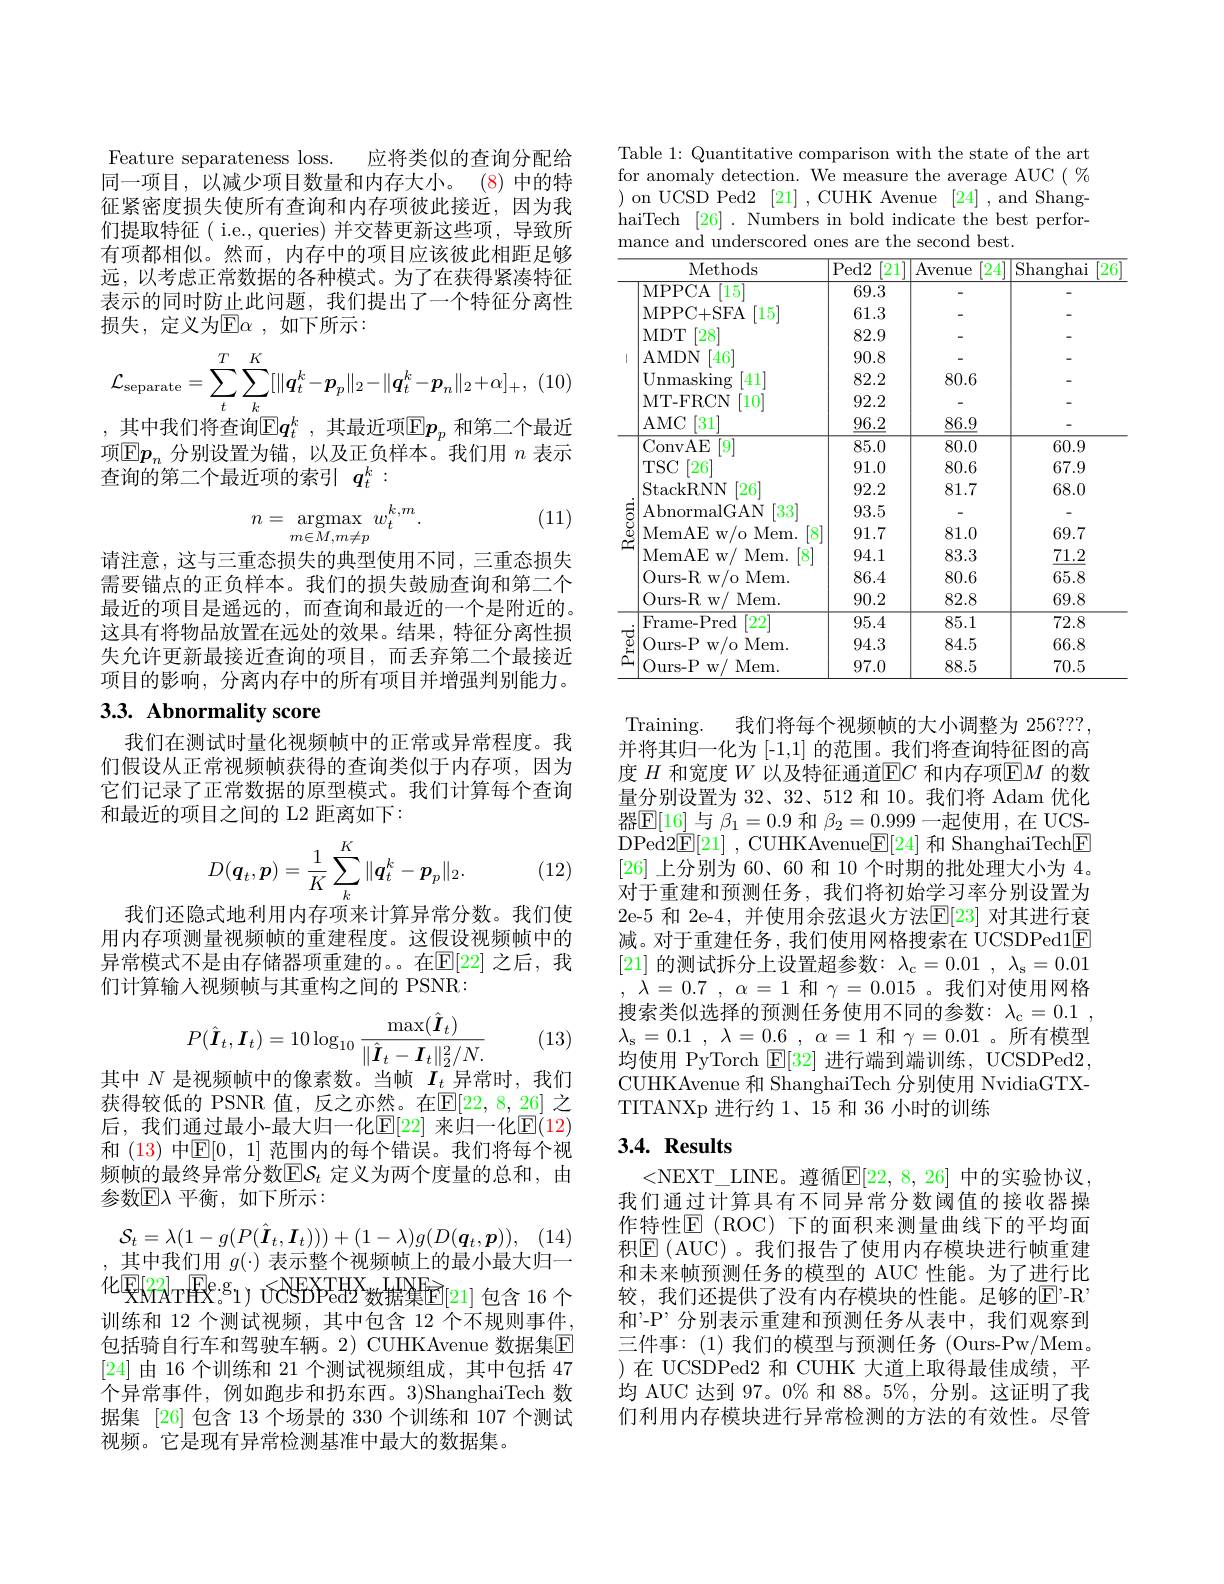
Feature separateness loss.
应将类似的查询分配给
同一项目，以减少项目数量和内存大小。(8)中的特征紧密度损失使所有查询和内存项彼此接近，因为我们提取特征( i.e., queries) 并交替更新这些项，导致所有项都相似。然而，内存中的项目应该彼此相距足够远，以考虑正常数据的各种模式。为了在获得紧凑特征表示的同时防止此问题，我们提出了一个特征分离性损失，定义为$\mathbb{E} \alpha$ ,如下所示：
$$\mathcal{L}_{\mathrm{separate}}=\sum_{t}^{T}\sum_{k}^{K}[\|\boldsymbol{q}_{t}^{k}-\boldsymbol{p}_{p}\|_{2}-\|\boldsymbol{q}_{t}^{k}-\boldsymbol{p}_{n}\|_{2}+\alpha]_{+},$$
,其中我们将查询$\mathbb{E}q_t^k$,其最近项$\mathbb{E}p_p$ 和第二个最近项$\mathbb{E}p_n$分别设置为锚，以及正负样本。我们用$n$表示查询的第二个最近项的索引$q_t^k:$

(11)
$$n=\operatorname*{argmax}_{m\in M,m\neq p}w_t^{k,m}.$$
请注意，这与三重态损失的典型使用不同，三重态损失需要锚点的正负样本。我们的损失鼓励查询和第二个最近的项目是遥远的，而查询和最近的一个是附近的。这具有将物品放置在远处的效果。结果，特征分离性损失允许更新最接近查询的项目，而丢弃第二个最接近项目的影响，分离内存中的所有项目并增强判别能力。

# 3.3. Abnormality score

我们在测试时量化视频帧中的正常或异常程度。我们假设从正常视频帧获得的查询类似于内存项，因为它们记录了正常数据的原型模式。我们计算每个查询和最近的项目之间的 L2 距离如下：
$$D(\boldsymbol{q}_t,\boldsymbol{p})=\frac{1}{K}\sum_{k}^{K}\|\boldsymbol{q}_{t}^{k}-\boldsymbol{p}_{p}\|_{2}.$$
(12)

我们还隐式地利用内存项来计算异常分数。我们使用内存项测量视频帧的重建程度。这假设视频帧中的异常模式不是由存储器项重建的。在$\mathbb{E}[22]$ 之后，我们计算输入视频帧与其重构之间的 PSNR:
$$P(\hat{\boldsymbol{I}}_t,\boldsymbol{I}_t)=10\log_{10}\frac{\max(\hat{\boldsymbol{I}}_t)}{\|\hat{\boldsymbol{I}}_t-\boldsymbol{I}_t\|_2^2/N.}$$
(13)

其中$N$是视频帧中的像素数。当帧$I_t$异常时，我们获得较低的 PSNR 值，反之亦然。在$\mathbb{E}[22,8,26]$ 之后，我们通过最小-最大归一化$\mathbb{E}[22]$ 来归一化$\mathbb{E}(12)$ 和 (13) 中$\mathbb{E}[0,1]$ 范围内的每个错误。我们将每个视频帧的最终异常分数$\mathbb{E}\mathcal{S}_t$ 定义为两个度量的总和，由参数$\mathbb{E}\lambda$ 平衡，如下所示：
$$\mathcal{S}_t=\lambda(1-g(P(\hat{\boldsymbol{I}}_t,\boldsymbol{I}_t)))+(1-\lambda)g(D(\boldsymbol{q}_t,\boldsymbol{p})),$$
,其中我们用$g(\cdot)$表示整个视频帧上的最小最大归一化$\mathbb{E}[22]$T$\mathbb{E}$e.g$_1)$ ÚCSBPed$^\mathrm{THX}_\text{数据集E[21]包含 16 个}$ 训练和 12 个测试视频，其中包含 12 个不规则事件， 包括骑自行车和驾驶车辆。2) CUHKAvenue 数据集E [24]由 16 个训练和 21 个测试视频组成，其中包括 47个异常事件，例如跑步和扔东西。3)ShanghaiTech 数据集 [26] 包含 13 个场景的 330 个训练和 107 个测试视频。它是现有异常检测基准中最大的数据集。

Table 1: Quantitative comparison with the state of the art for anomaly detection. We measure the average AUC $(\%$ ) on UCSD Ped2 [21] , CUHK Avenue [24] ,and ShanghaiTech [26]. Numbers in bold indicate the best performance and underscored ones are the second best.

<table>
	<tbody>
		<tr>
			<th> </th>
			<th>Methods</th>
			<th>$Ped2$ </th>
			<th>24 venue</th>
			<th>$\overline{{\mathrm{Shanghai}}}$</th>
			<th>$\overline{[26]}$</th>
		</tr>
		<tr>
			<td> </td>
			<td>MPPCA </td>
			<td>69.3</td>
			<td> </td>
			<td> </td>
			<td> </td>
		</tr>
		<tr>
			<td> </td>
			<td>MPPC+ SFA [15]</td>
			<td>61.3</td>
			<td> </td>
			<td> </td>
			<td> </td>
		</tr>
		<tr>
			<td> </td>
			<td>MDT 28</td>
			<td>82.9</td>
			<td> </td>
			<td> </td>
			<td> </td>
		</tr>
		<tr>
			<td>1</td>
			<td>AMDN 46</td>
			<td>90.8</td>
			<td> </td>
			<td> </td>
			<td> </td>
		</tr>
		<tr>
			<td> </td>
			<td>Unmasking [41]</td>
			<td>82.2</td>
			<td>80.6</td>
			<td> </td>
			<td> </td>
		</tr>
		<tr>
			<td> </td>
			<td>MT- FRCN 10</td>
			<td>92.2</td>
			<td> </td>
			<td> </td>
			<td> </td>
		</tr>
		<tr>
			<td> </td>
			<td>AMC 31</td>
			<td>$\underline{96.2}$</td>
			<td>$\underline{86.9}$</td>
			<td> </td>
			<td> </td>
		</tr>
		<tr>
			<td> </td>
			<td>ConvAE 9</td>
			<td>85.0</td>
			<td>80.0</td>
			<td>60.9</td>
			<td> </td>
		</tr>
		<tr>
			<td> </td>
			<td>$[26^{*}$ $TSC$</td>
			<td>91.0</td>
			<td>80.6</td>
			<td>67.9</td>
			<td> </td>
		</tr>
		<tr>
			<td rowspan="6">5 $C$ $\tilde{a}$</td>
			<td>StackRNN $\lceil26\rceil$</td>
			<td>92.2</td>
			<td>81.7</td>
			<td>68.0</td>
			<td> </td>
		</tr>
		<tr>
			<td>$33^{\prime}$ AbnormalGAN</td>
			<td>93.5</td>
			<td> </td>
			<td> </td>
			<td> </td>
		</tr>
		<tr>
			<td>MemAE v w/ o N Mem. 1</td>
			<td>91.7</td>
			<td>81.0</td>
			<td></td>
			<td> </td>
		</tr>
		<tr>
			<td>MemAE $W/$ Mem. 8</td>
			<td>94.1</td>
			<td>83.3</td>
			<td>$\underline{71.2}$</td>
			<td> </td>
		</tr>
		<tr>
			<td>Ours- R w/o Mem.</td>
			<td>86.4</td>
			<td>80.6</td>
			<td></td>
			<td> </td>
		</tr>
		<tr>
			<td>Ours- R $W/$ Mem. </td>
			<td>90.2</td>
			<td>82.8</td>
			<td></td>
			<td> </td>
		</tr>
		<tr>
			<td rowspan="3">、 、</td>
			<td>Frame-Pred $\lceil22$</td>
			<td>95.4</td>
			<td>85.1</td>
			<td>72.8</td>
			<td> </td>
		</tr>
		<tr>
			<td>Ours- P $W/0$ $\textbf{Mem}.$</td>
			<td>94.3</td>
			<td>84.5</td>
			<td>66.8</td>
			<td> </td>
		</tr>
		<tr>
			<td>Ours- P $W/$ Mem. </td>
			<td>97.0</td>
			<td>88.5</td>
			<td>70.5</td>
			<td> </td>
		</tr>
	</tbody>
</table>

Training.
我们将每个视频帧的大小调整为 256???,
并将其归一化为 [-1,1] 的范围。我们将查询特征图的高度$H$和宽度$W$以及特征通道$\boxed{\mathrm{E}}C$和内存项$\boxed{\mathrm{E}}M$的数量分别设置为 32、32、512 和 10。我们将 Adam 优化器$\mathbb{E}[16]$与$\beta_1=0.9$和$\beta_2=0.999$一起使用，在 UCSDPed2E[21] , CUHKAvenue$\boxed{\mathrm{F}}[24]$和 ShanghaiTech$\boxed{\mathrm{F}}$ [26]上分别为 60、60 和 10 个时期的批处理大小为 4。对于重建和预测任务，我们将初始学习率分别设置为2e-5 和 2e-4,并使用余弦退火方法$\mathbb{E}[23]$ 对其进行衰减。对于重建任务，我们使用网格搜索在 UCSDPed1$\underline{\mathrm{F}}$ [21] 的测试拆分上设置超参数$:\lambda_\mathrm{c}=0.01,\lambda_\mathrm{s}=0.01$ , $\lambda = 0. 7$ , $\alpha =$ 1和$\gamma=0.015$ 。我们对使用网格搜索类似选择的预测任务使用不同的参数：$\lambda _{\mathrm{c} }= 0. 1$ , $\lambda _{\mathrm{s} }= 0. 1$ , $\lambda = 0\underline {. 6}$ , $\alpha = 1$ 和 $\gamma=0.01$ 。所有模型均使用 PyTorch $\boxed{\mathbb{E}}[32]$进行端到端训练，UCSDPed2, CUHKAvenue 和 ShanghaiTech 分别使用 NvidiaGTXTITANXp 进行约 1、15 和 36 小时的训练

## $3. 4. \textbf{Results}$

<NEXT\_LINE。遵循$\overline{\mathbb{E}}[22,8,26]$ 中的实验协议， 我们通过计算具有不同异常分数阈值的接收器操作特性$\boxed{\mathrm{F}}($ROC)下的面积来测量曲线下的平均面积$\boxed{\mathrm{E}}($AUC)。我们报告了使用内存模块进行帧重建和未来帧预测任务的模型的 AUC 性能。为了进行比较，我们还提供了没有内存模块的性能。足够的$\overline {\mathrm{E} }’ - \mathbb{R} ’$ 和'-P’分别表示重建和预测任务从表中，我们观察到三件事：(1)我们的模型与预测任务(Ours-Pw/Mem。)在 UCSDPed2 和 CUHK 大道上取得最佳成绩，平均 AUC 达到 97。0% 和 88。5%, 分别。这证明了我们利用内存模块进行异常检测的方法的有效性。尽管